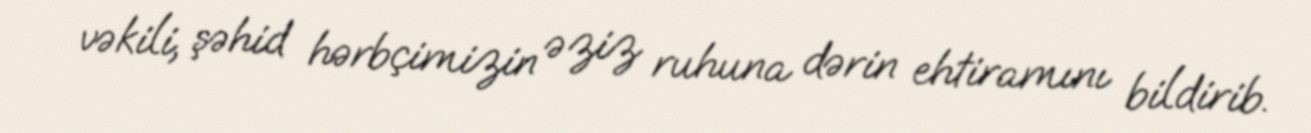
vəkili, şəhid hərbçimizin əziz ruhuna dərin ehtiramını bildirib.